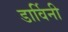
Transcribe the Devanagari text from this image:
डार्विनी